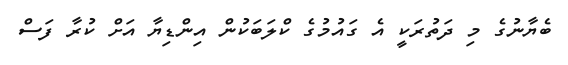
ބެޔާނުގެ މި ދަތުރަކީ އެ ގައުމުގެ ކްލަބަކުން އިންޑިޔާ އަށް ކުރާ ފަސް